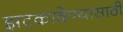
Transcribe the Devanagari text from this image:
झटकादेण्यासाठी